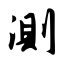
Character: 测